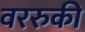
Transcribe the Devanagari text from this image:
वररुकी